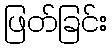
ဖြတ်ခြင်း